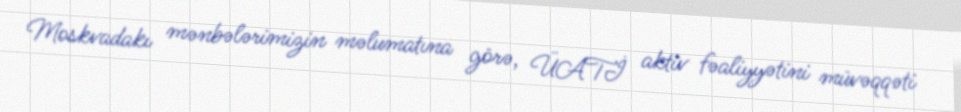
Moskvadakı mənbələrimizin məlumatına görə, ÜATİ aktiv fəaliyyətini müvəqqəti